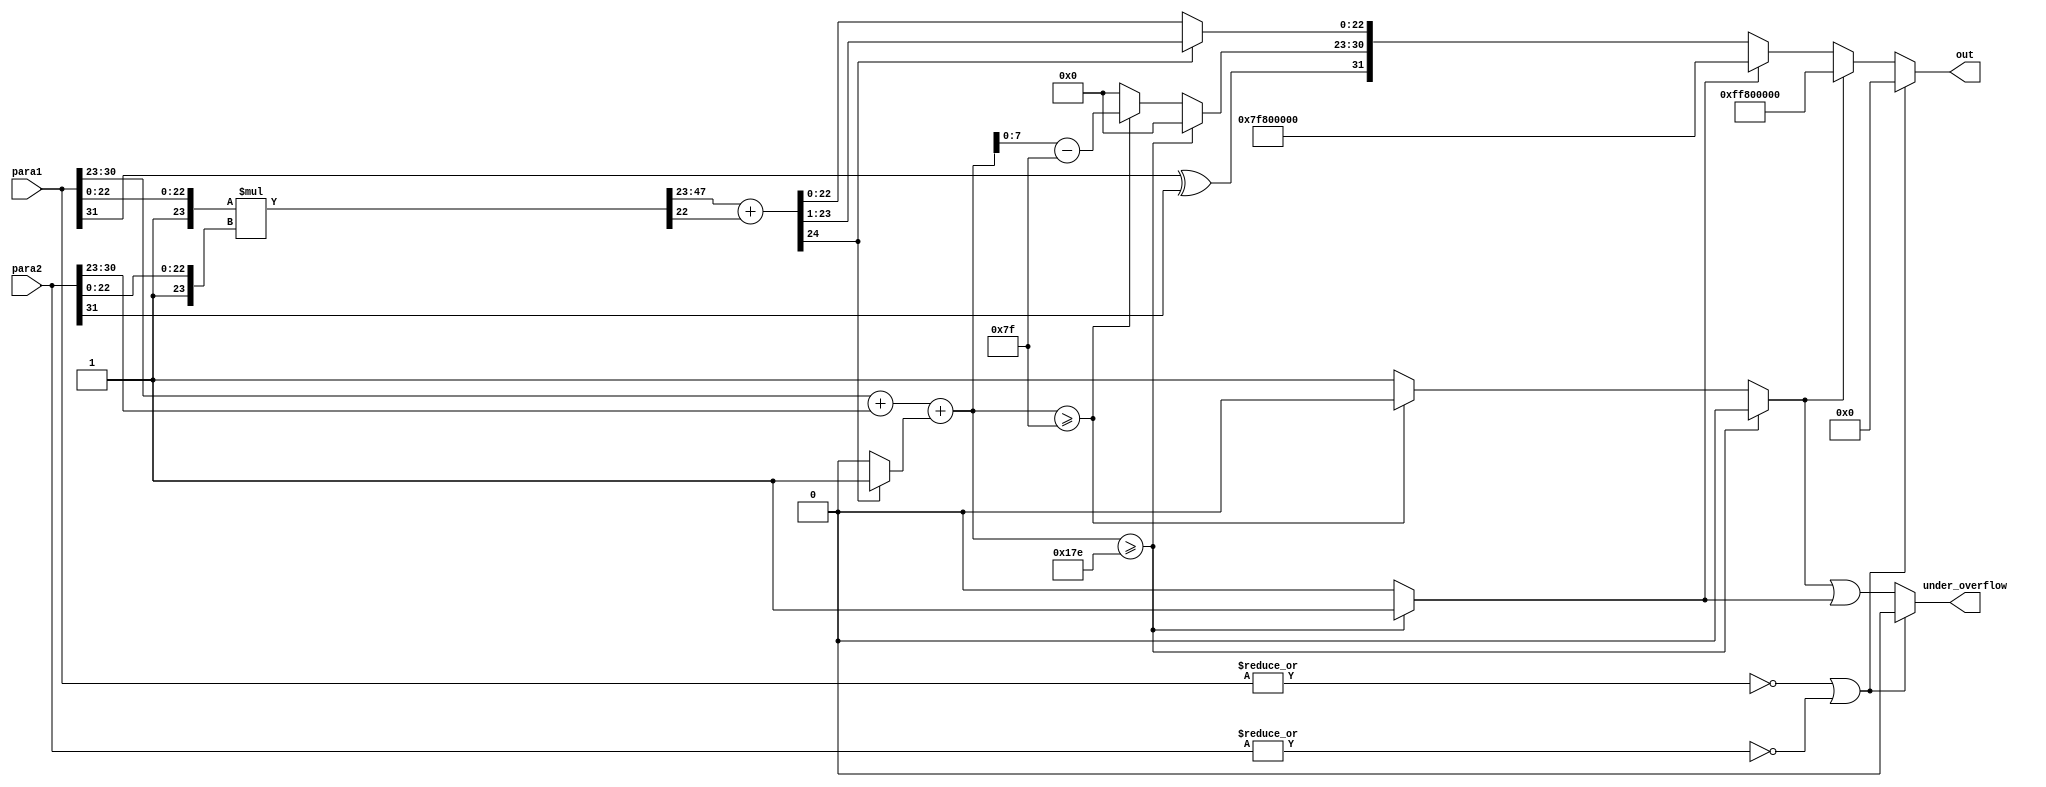
// Multiplication operators between two floating-point numbers
`define INPUT_WIDTH 32 
module MultiOp(
    output reg [`INPUT_WIDTH - 1 : 0] out,
    output reg under_overflow,
    input [`INPUT_WIDTH - 1 : 0] para1,
    input [`INPUT_WIDTH - 1 : 0] para2
);
//parameters
localparam E_WIDTH = 8;         // The width of exponent parts
localparam F_WIDTH = 23;        // The width of fraction parts
localparam E_BIAS = 127;        // The bias of exponent parts
localparam MULTI_WIDTH = (F_WIDTH + 1) * 2; // The width of significand multiplication
// initialize variables
reg [F_WIDTH : 0] S_para1; // the significand of parameters 24 bits
reg [F_WIDTH : 0] S_para2; 
reg [E_WIDTH - 1 : 0] E_para1; // the exponent of parameters 
reg [E_WIDTH - 1 : 0] E_para2;  
                                // sign of 2 parameters is the MSB bit
//variables for fraction calculation
reg [MULTI_WIDTH - 1 : 0] multi_res; // result of significand multiplication
reg [F_WIDTH + 1 : 0] handled_multi_res; // result after removing redundant parts and rounding
reg is_normalized;
//variables for exponent calculation
reg [E_WIDTH : 0] add_res; // result of exponent addition
//output
reg multi_with_zero;
reg [F_WIDTH - 1 : 0] F_out; // the fraction of output
reg [E_WIDTH - 1 : 0] E_out; // the exponent of output 
reg S_out;                   // the sign of output
reg overflow;
reg underflow;
//  separate parameters into sub-parts
always @(para1 or para2) begin
    // 32-bit floating-point number format
    // sign     | exponent  | fraction
    // 1 bit    | 8 bits    | 23 bits
    //MSB                           LSB
    // the 24-bit significand is leading 1 bit fraction
    S_para1 = {1'b1, para1[F_WIDTH - 1 : 0]};
    S_para2 = {1'b1, para2[F_WIDTH - 1 : 0]};
    E_para1 = para1[`INPUT_WIDTH - 2 : F_WIDTH];
    E_para2 = para2[`INPUT_WIDTH - 2 : F_WIDTH];
    multi_with_zero = ~|para1 | ~|para2;
end
// multiply and normalize significand elements
always @(S_para1 or S_para2) begin
    multi_res = S_para1 * S_para2;
    // remove redundant part and round result
    // handled part | redundant part
    // 25 bits      | 23 bits
    // if MSB in redundant part is 1, handled part will be rounded
    handled_multi_res = multi_res[MULTI_WIDTH - 1 : F_WIDTH] + multi_res[F_WIDTH - 1];

    // if MSB of handled part is 1, need to normalize
    if (handled_multi_res[F_WIDTH + 1] == 1'b1) begin
        // normalizing and rounding case
        is_normalized = 1'b1;
        F_out = handled_multi_res[F_WIDTH : 1];  // + handled_multi_res[0];
    end 
    else begin
        // not normalizing case
        is_normalized = 1'b0;
        F_out = handled_multi_res[F_WIDTH - 1 : 0];
    end
end
//-------------------------------------------
// calculate exponent
always @(E_para1, E_para2, is_normalized) begin
    add_res = E_para1 + E_para2 + is_normalized;
    overflow = 1'b0;
    underflow = 1'b0;
    E_out = 8'd0;
    if (add_res >= 9'd255 + E_BIAS) begin
        // overflow case
        overflow = 1'b1;
    end
    else if (add_res >= E_BIAS) begin
        // normal case
        E_out = add_res - E_BIAS;
    end
    else begin
        // underflow case
        underflow = 1'b1;
    end
    
end
//--------------------------------------------
// determine the sign part 
always @(para1, para2) begin
    S_out = para1[`INPUT_WIDTH - 1] ^ para2[`INPUT_WIDTH - 1];
end
//--------------------------------------------
always @(underflow, overflow, S_out, E_out, F_out, multi_with_zero) begin
    under_overflow = (multi_with_zero) ? 1'b0 :  (underflow | overflow) ;
    if (multi_with_zero == 1'b1) begin
        // zero case:
        out = 32'd0;
    end
    else if (underflow == 1'b1) begin
        // underflow case:
        out = 32'hff800000;
    end
    else if (overflow == 1'b1) begin
        // overflow case:
        out = 32'h7f800000;
    end
    else begin
        // normal case:
        out = {S_out, E_out, F_out};
    end
end
endmodule